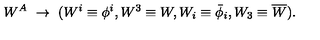
W ^ { A } \ \rightarrow \ ( W ^ { i } \equiv \phi ^ { i } , W ^ { 3 } \equiv W , W _ { i } \equiv \bar { \phi } _ { i } , W _ { 3 } \equiv \overline { W } ) .